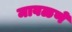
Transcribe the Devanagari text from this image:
मावळणे